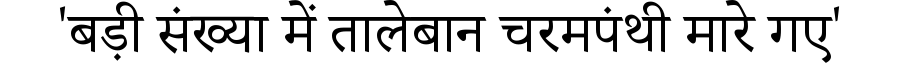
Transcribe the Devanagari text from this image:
'बड़ी संख्या में तालेबान चरमपंथी मारे गए'